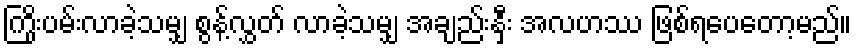
ကြိုးပမ်းလာခဲ့သမျှ စွန့်လွှတ် လာခဲ့သမျှ အချည်းနှီး အလဟဿ ဖြစ်ရပေတော့မည်။